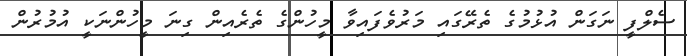
ސެލްފީ ނަގަން އުޅުމުގެ ތެރޭގައި މަރުވެފައިވާ މީހުންގެ ތެރެއިން ގިނަ މީހުންނަކީ އުމުރުން